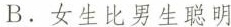
B.女生比男生聪明